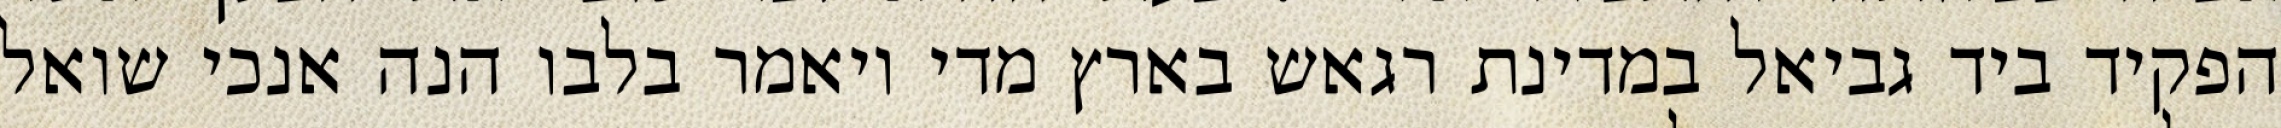
הפקיד ביד גביאל במדינת רגאש בארץ מדי ויאמר בלבו הנה אנכי שואל